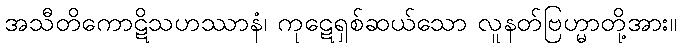
အသီတိကောဋိသဟဿာနံ၊ ကုဋေရှစ်ဆယ်သော လူနတ်ဗြဟ္မာတို့အား။